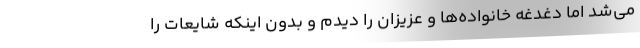
می‌شد اما دغدغه خانواده‌ها و عزیزان را دیدم و بدون اینکه شایعات را